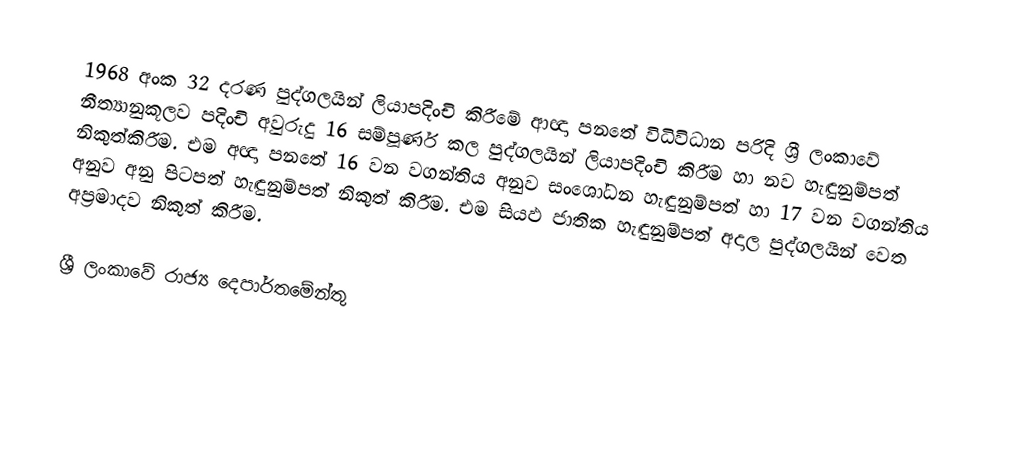
1968 අංක 32 දරණ පුද්ගලයින් ලියාපදිංචි කිරීමේ ආඥා පනතේ විධිවිධාන පරිදි ශ්‍රී ලංකාවේ නීත්‍යානුකූලව පදිංචි අවුරුදු 16 සම්පූර්ණ කල පුද්ගලයින් ලියාපදිංචි කිරීම හා නව හැඳුනුම්පත් නිකුත්කිරීම. එම අඥා පනතේ 16 වන වගන්තිය අනුව සංශෝධන හැඳුනුම්පත් හා 17 වන වගන්තිය අනුව අනු පිටපත් හැඳුනුම්පත් නිකුත් කිරීම. එම සියඵ ජාතික හැඳුනුම්පත් අදාල පුද්ගලයින් වෙත අප්‍රමාදව නිකුත් කිරීම.

ශ්‍රී ලංකාවේ රාජ්‍ය දෙපාර්තමේන්තු